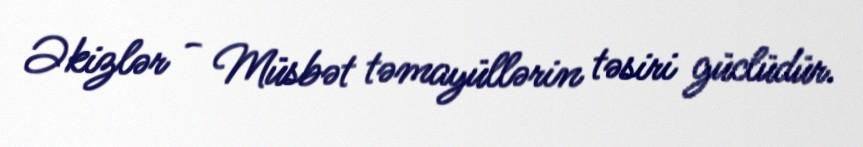
Əkizlər - Müsbət təmayüllərin təsiri güclüdür.